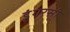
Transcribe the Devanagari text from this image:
डूंगरसी